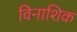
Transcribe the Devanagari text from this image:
विनाशिक